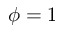
\phi = 1